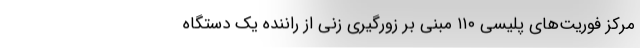
مرکز فوریت‌های پلیسی ۱۱۰ مبنی بر زورگیری زنی از راننده یک دستگاه